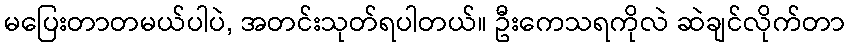
မပြေးတာတမယ်ပါပဲ, အတင်းသုတ်ရပါတယ်။ ဦးကေသရကိုလဲ ဆဲချင်လိုက်တာ